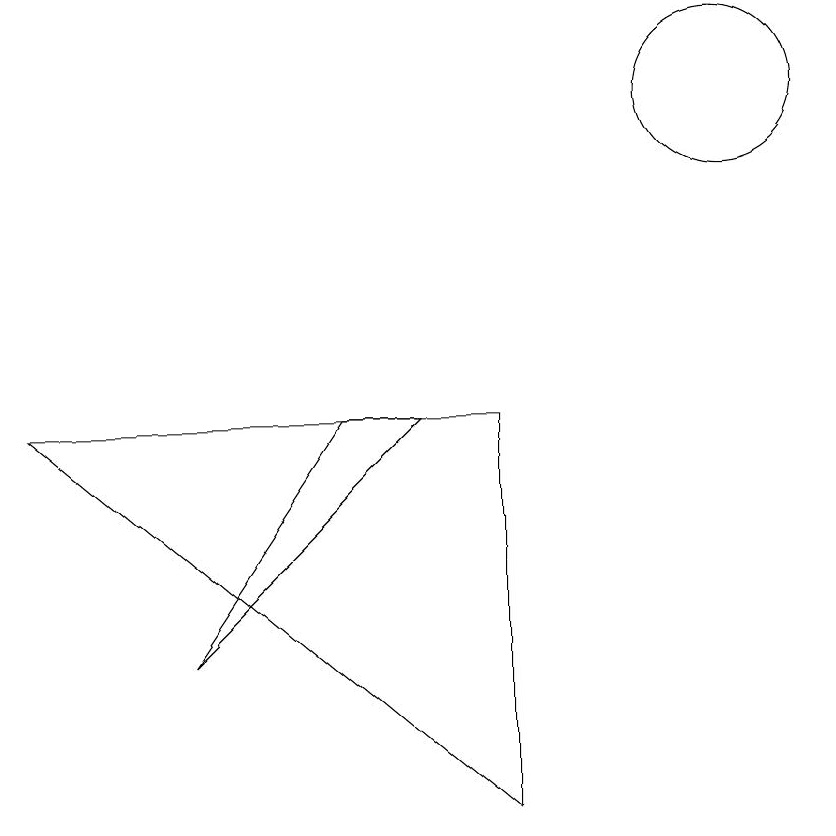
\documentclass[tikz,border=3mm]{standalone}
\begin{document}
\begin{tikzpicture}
\draw (10,11) circle (1);
\draw (5,7) -- (6,7) -- (3,4) -- cycle;
\draw (1,7) -- (7,7) -- (7,2) -- cycle;
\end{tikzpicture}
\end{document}